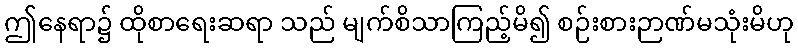
ဤနေရာ၌ ထိုစာရေးဆရာ သည် မျက်စိသာကြည့်မိ၍ စဉ်းစားဉာဏ်မသုံးမိဟု